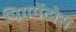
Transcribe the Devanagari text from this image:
पिगमेंटोस